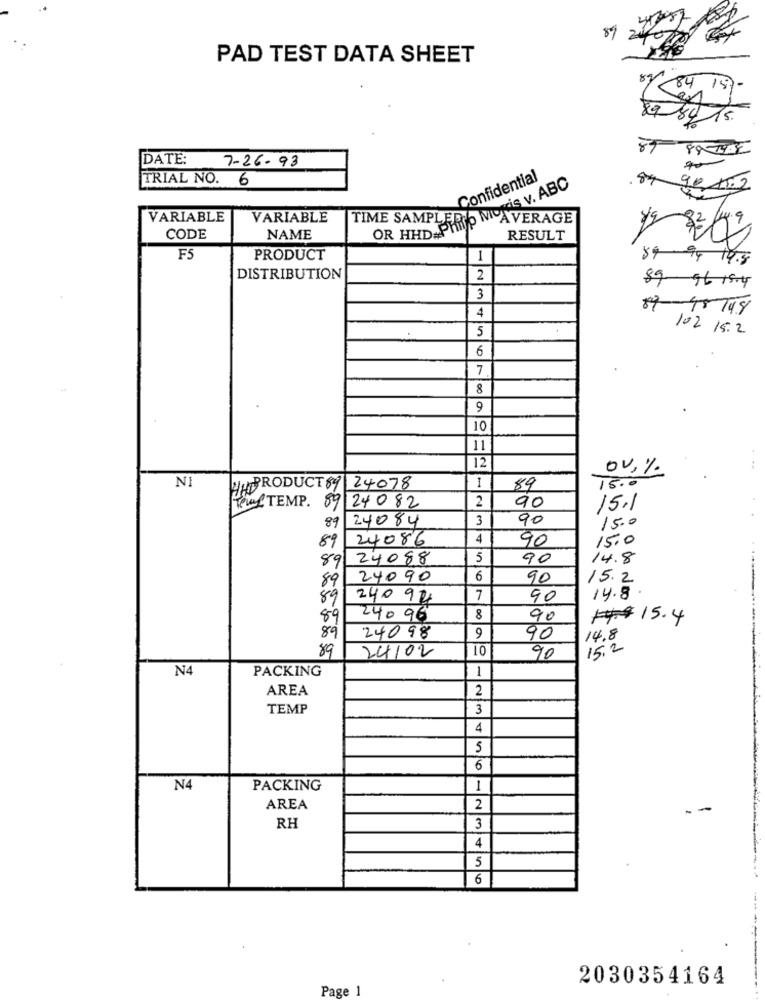
89
PAD TEST DATA SHEET
87
84 157
89
84
15.
89
89 -1982
DATE:
7-26-93
TRIAL NO. 6
Confidential
OR HHD Philip Moris v. ABC
84 gen.2
VARIABLE
VARIABLE
TIME SAMPLER
AVERAGE
CODE
NAME
RESULT
F5
PRODUCT
1
84 94 14.8
DISTRIBUTION
2
89 56 15-4
3
4
89-45748
5
102 15.2
6
7
8
9
10
11
12
ov,%
1
NI
HADPRODUCT 89 24078
89
15.0
Telf TEMP. 89 24082
2
90
15.1
89
24084
3
90
15.0
89
24086
4
90
15.0
89
24088
5
90
14.8
89
24090
6
90
15.2
89
240 94
7
90
14.8
89
240 96
8
90
### 15.4
9
89
24098
90
14.8
89
10
15.2
24/02
90
N4
PACKING
1
AREA
2
TEMP
3
4
5
6
N4
PACKING
1
AREA
2
--
RH
3
4
5
6
2030354164
Page 1